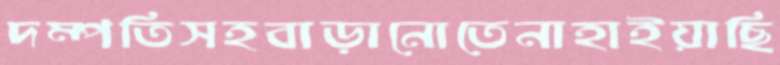
দম্পতিসহবাড়ানোতেনাহাইয়াছি